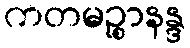
ကတမဉ္စာနန္ဒ